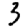
Digit: 3